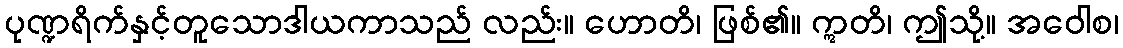
ပုဏ္ဍရိက်နှင့်တူသောဒါယကာသည် လည်း။ ဟောတိ၊ ဖြစ်၏။ ဣတိ၊ ဤသို့။ အဝေါစ၊